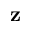
{ \bf z }